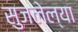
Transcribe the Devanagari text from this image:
सुजलेल्या